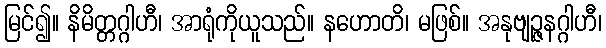
မြင်၍။ နိမိတ္တဂ္ဂါဟီ၊ အာရုံကိုယူသည်။ နဟောတိ၊ မဖြစ်။ အနုဗျဉ္ဇနဂ္ဂါဟီ၊